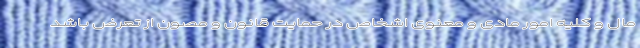
مال و کلیه امور مادی و معنوی اشخاص در حمایت قانون و مصون از تعرض باشد